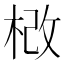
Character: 𣒵